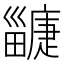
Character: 𤳲